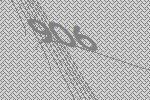
906